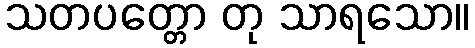
သတပတ္တော တု သာရသော။